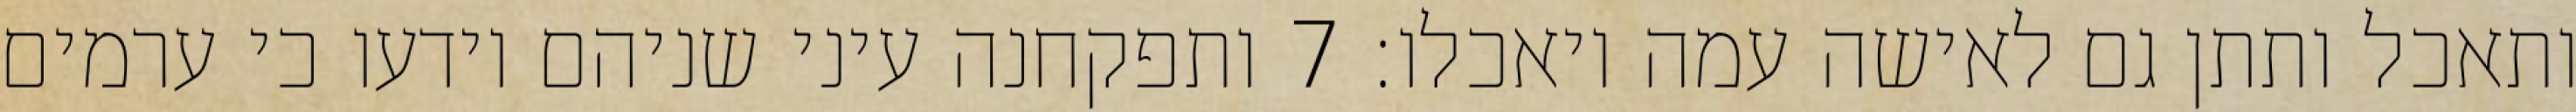
ותאכל ותתן גם לאישה עמה ויאכלו׃ ‎7‏ ותפקחנה עיני שניהם וידעו כי ערמים